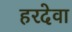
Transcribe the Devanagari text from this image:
हरदेवा